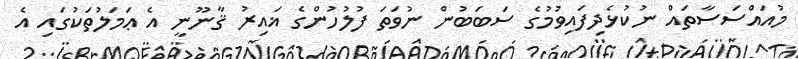
މުއައްސަސާތައް ނުކުޅެދިފައިވުމުގެ ސަބަބުން ނުވަތަ ފުލުހުންގެ ޣައިރު ޤާނޫނީ އެ ޢަމަލުތަކުގައި އެ